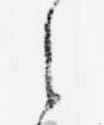
之